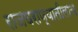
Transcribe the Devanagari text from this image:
राजघराण्यातीलाच